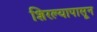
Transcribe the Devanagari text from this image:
शिरल्यापासून